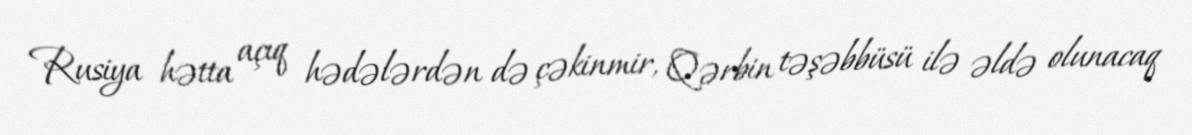
Rusiya hətta açıq hədələrdən də çəkinmir, Qərbin təşəbbüsü ilə əldə olunacaq